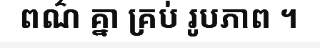
ពណ៌ គ្នា គ្រប់ រូបភាព ។